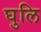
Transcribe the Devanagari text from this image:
घुलि